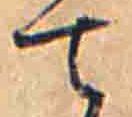
て